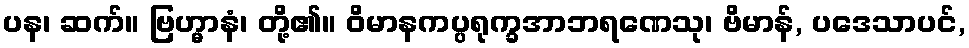
ပန၊ ဆက်။ ဗြဟ္မာနံ၊ တို့၏။ ဝိမာနကပ္ပရုက္ခအာဘရဏေသု၊ ဗိမာန်, ပဒေသာပင်,